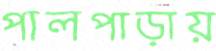
পালপাড়ায়